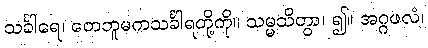
သင်္ခါရေ၊ တေဘူမကသင်္ခါရတို့ကို။ သမ္မသိတွာ၊ ၍။ အဂ္ဂဖလံ၊